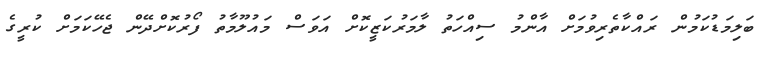
ބަލިމަޑުކަމުން ރައްކާތެރިވުމަށް އާންމު ސިއްހަތު ލާމަރުކަޒީކޮށް އަވަސް މައުލޫމާތު ފޯރުކޮށްދޭން ޖެހޭކަމަށް ކުރީގެ